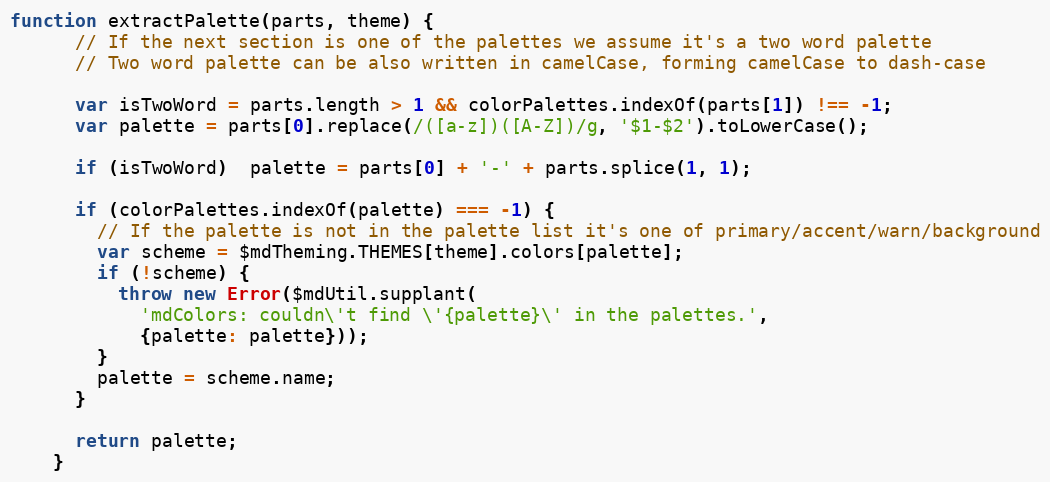
Language: JavaScript
function extractPalette(parts, theme) {
      // If the next section is one of the palettes we assume it's a two word palette
      // Two word palette can be also written in camelCase, forming camelCase to dash-case

      var isTwoWord = parts.length > 1 && colorPalettes.indexOf(parts[1]) !== -1;
      var palette = parts[0].replace(/([a-z])([A-Z])/g, '$1-$2').toLowerCase();

      if (isTwoWord)  palette = parts[0] + '-' + parts.splice(1, 1);

      if (colorPalettes.indexOf(palette) === -1) {
        // If the palette is not in the palette list it's one of primary/accent/warn/background
        var scheme = $mdTheming.THEMES[theme].colors[palette];
        if (!scheme) {
          throw new Error($mdUtil.supplant(
            'mdColors: couldn\'t find \'{palette}\' in the palettes.',
            {palette: palette}));
        }
        palette = scheme.name;
      }

      return palette;
    }